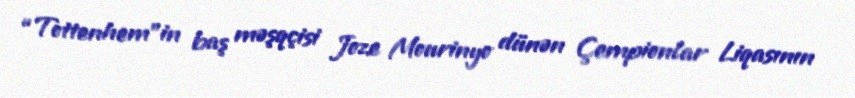
“Tottenhem”in baş məşqçisi Joze Mourinyo dünən Çempionlar Liqasının